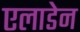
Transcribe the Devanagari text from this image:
एलाडेन